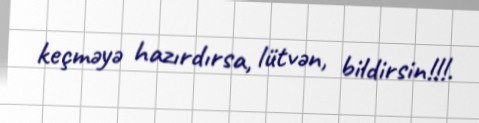
keçməyə hazırdırsa, lütvən, bildirsin!!!.